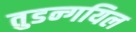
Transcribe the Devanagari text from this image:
तुडन्गयिल